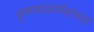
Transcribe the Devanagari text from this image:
कृष्णदयार्णवांच्या